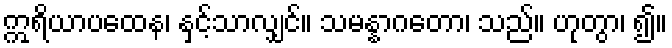
ဣရိယာပထေန၊ နှင့်သာလျှင်။ သမန္နာဂတော၊ သည်။ ဟုတွာ၊ ၍။